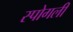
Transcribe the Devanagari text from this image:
स्पोगली